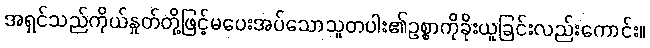
အရှင်သည်ကိုယ်နှုတ်တို့ဖြင့်မပေးအပ်သောသူတပါး၏ဥစ္စာကိုခိုးယူခြင်းလည်းကောင်း။